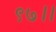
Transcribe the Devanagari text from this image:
९७।।